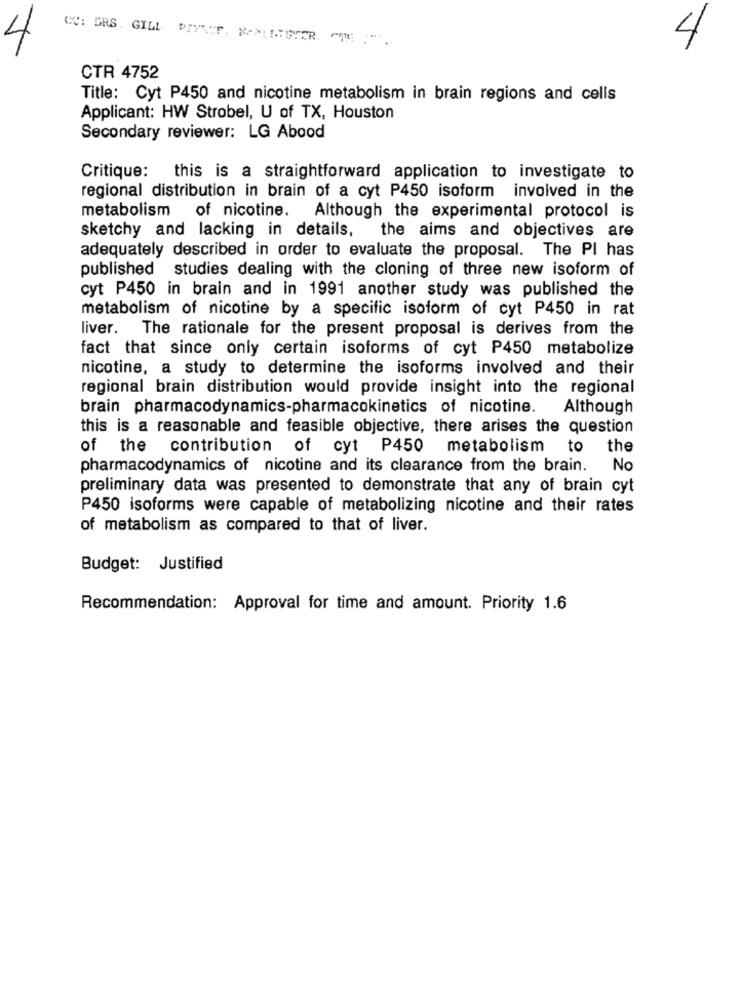
4
CC: DRS. GILL PIYASE, M-MINISTER. COM :.
4
CTR 4752
Title: Cyt P450 and nicotine metabolism in brain regions and cells
Applicant: HW Strobel, U of TX, Houston
Secondary reviewer: LG Abood
Critique: this is a straightforward application to investigate to
regional distribution in brain of a cyt P450 isoform involved in the
metabolism of nicotine. Although the experimental protocol is
sketchy and lacking in details,
the aims and objectives are
adequately described in order to evaluate the proposal. The PI has
published studies dealing with the cloning of three new isoform of
cyt P450 in brain and in 1991 another study was published the
metabolism of nicotine by a specific isoform of cyt P450 in rat
liver. The rationale for the present proposal is derives from the
fact that since only certain isoforms of cyt P450 metabolize
nicotine, a study to determine the isoforms involved and their
regional brain distribution would provide insight into the regional
brain pharmacodynamics-pharmacokinetics of nicotine.
Although
this is a reasonable and feasible objective, there arises the question
of the contribution of cyt P450 metabolism to the
pharmacodynamics of nicotine and its clearance from the brain.
No
preliminary data was presented to demonstrate that any of brain cyt
P450 isoforms were capable of metabolizing nicotine and their rates
of metabolism as compared to that of liver.
Budget: Justified
Recommendation: Approval for time and amount. Priority 1.6